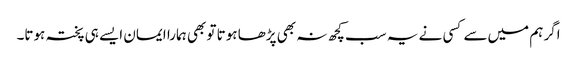
اگر ہم میں‌سے کسی نے یہ سب کچھ نہ بھی پڑھا ہوتا تو بھی ہمارا ایمان ایسے ہی پختہ ہوتا۔